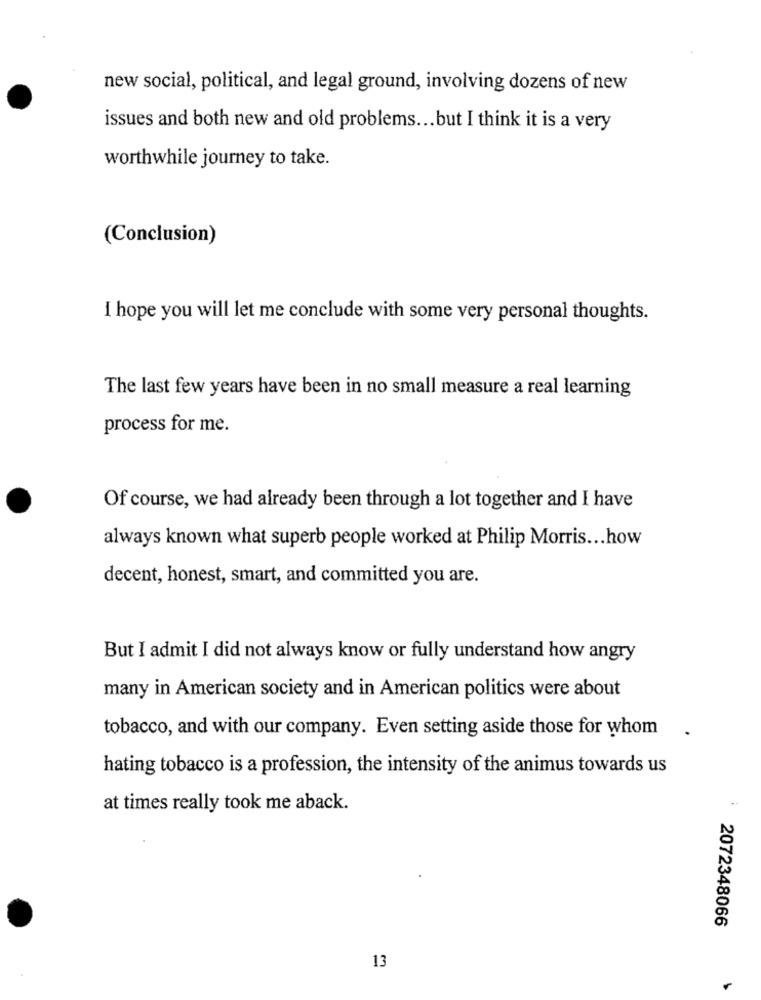
new social, political, and legal ground, involving dozens of new
issues and both new and old problems ... but I think it is a very
worthwhile journey to take.
(Conclusion)
I hope you will let me conclude with some very personal thoughts.
The last few years have been in no small measure a real learning
process for me.
Of course, we had already been through a lot together and I have
always known what superb people worked at Philip Morris ... how
decent, honest, smart, and committed you are.
But I admit I did not always know or fully understand how angry
many in American society and in American politics were about
tobacco, and with our company. Even setting aside those for whom
hating tobacco is a profession, the intensity of the animus towards us
at times really took me aback.
2072348066
13